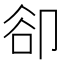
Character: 卻